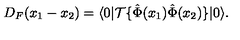
D _ { F } ( x _ { 1 } - x _ { 2 } ) = \langle 0 | { \cal T } \{ \hat { \Phi } ( x _ { 1 } ) \hat { \Phi } ( x _ { 2 } ) \} | 0 \rangle .